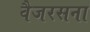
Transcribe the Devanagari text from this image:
वैजरसना